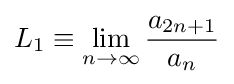
L_{1}\equiv \lim _{n\rightarrow \infty }{\frac {a_{2n+1}}{a_{n}}}